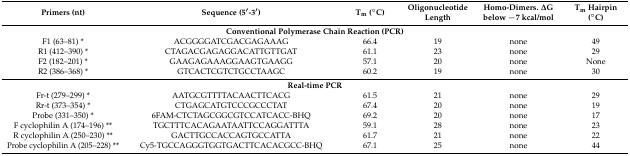
<table><thead><tr><td><b>Primers (nt)</b></td><td><b>Sequence (5′-3′)</b></td><td><b>T<sub>m</sub> (°C)</b></td><td><b>Oligonucleotide Length</b></td><td><b>Homo-Dimers. ΔG below −7 kcal/mol</b></td><td><b>T<sub>m</sub> Hairpin (°C)</b></td></tr></thead><tbody><tr><td colspan="6"><b>Conventional Polymerase Chain Reaction (PCR)</b></td></tr><tr><td>F1 (63–81) *</td><td>ACGGGGATCGACGAGAAAG</td><td>66.4</td><td>19</td><td>none</td><td>49</td></tr><tr><td>R1 (412–390) *</td><td>CTAGACGAGAGGACATTGTTGAT</td><td>61.1</td><td>23</td><td>none</td><td>29</td></tr><tr><td>F2 (182–201)*</td><td>GAAGAGAAAGGAAGTGAAGG</td><td>57.1</td><td>20</td><td>none</td><td>None</td></tr><tr><td>R2 (386–368) *</td><td>GTCACTCGTCTGCCTAAGC</td><td>60.2</td><td>19</td><td>none</td><td>30</td></tr><tr><td colspan="6"><b>Real-time PCR</b></td></tr><tr><td>Fr-t (279–299) *</td><td>AATGCGTTTTACAACTTCACG</td><td>61.5</td><td>21</td><td>none</td><td>29</td></tr><tr><td>Rr-t (373–354) *</td><td>CTGAGCATGTCCCGCCCTAT</td><td>67.4</td><td>20</td><td>none</td><td>19</td></tr><tr><td>Probe (331–350) *</td><td>6FAM-CTCTAGCGGCGTCCATCACC-BHQ</td><td>69.2</td><td>20</td><td>none</td><td>17</td></tr><tr><td>F cyclophilin A (174–196) **</td><td>TGCTTTCACAGAATAATTCCAGGATTTA</td><td>59.1</td><td>28</td><td>none</td><td>23</td></tr><tr><td>R cyclophilin A (250–230) **</td><td>GACTTGCCACCAGTGCCATTA</td><td>61.7</td><td>21</td><td>none</td><td>22</td></tr><tr><td>Probe cyclophilin A (205–228) **</td><td>Cy5-TGCCAGGGTGGTGACTTCACACGCC-BHQ</td><td>67.1</td><td>25</td><td>none</td><td>44</td></tr></tbody></table>